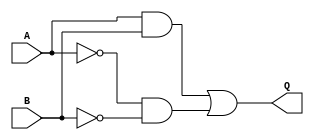
module my_xnor (A, B, Q);

  input A, B;
  output  Q;

  assign Q = (A & B) | (~A & ~B);

endmodule